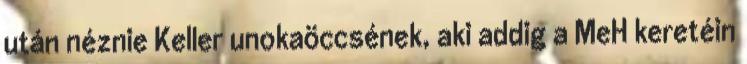
után néznie Keller unokaöccsének, aki addig a MeH keretéin